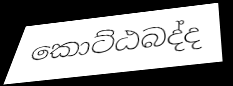
කොට්ඨබද්ද